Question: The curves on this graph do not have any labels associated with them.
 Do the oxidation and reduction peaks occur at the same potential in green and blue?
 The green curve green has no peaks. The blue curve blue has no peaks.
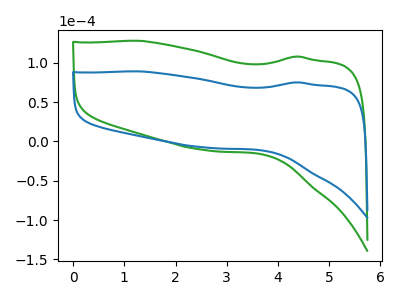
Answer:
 <answer>Niether CV has any peaks.</answer>
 <eval>blanks</eval>